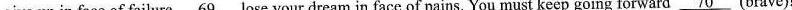
give up in face of failure \underline{69 }lose your dream in face of pains. You must keep going forward \underline{70}